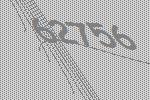
62756